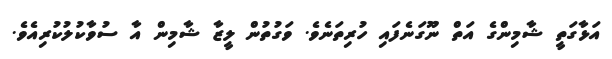
އަޅާގަތީ ޝާމިންގެ އަތް ނޫގަނެފައި ހުރިތަނެވެ. ވަގުުތުން ލީޒާ ޝާމިން އާ ސުވާކުލުކުރިއެވެ.